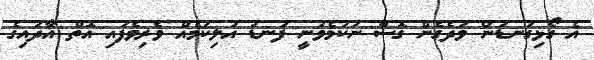
އެ ގޯޅިގަނޑުން ވަދެގެން ގޮސް ނުކުމެވުނީ ފަނޑު އަލިކަމެއް ވެރިވެފައި އޮތް އާދައިގެ